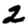
Digit: 2